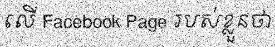
លើ Facebook Page របស់ខ្លួនថា